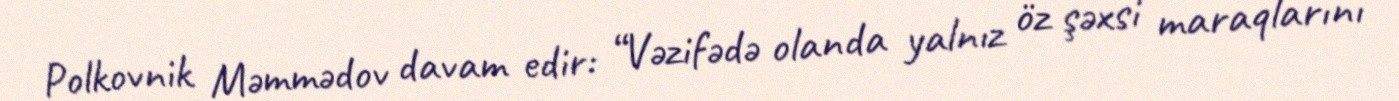
Polkovnik Məmmədov davam edir: “Vəzifədə olanda yalnız öz şəxsi maraqlarını